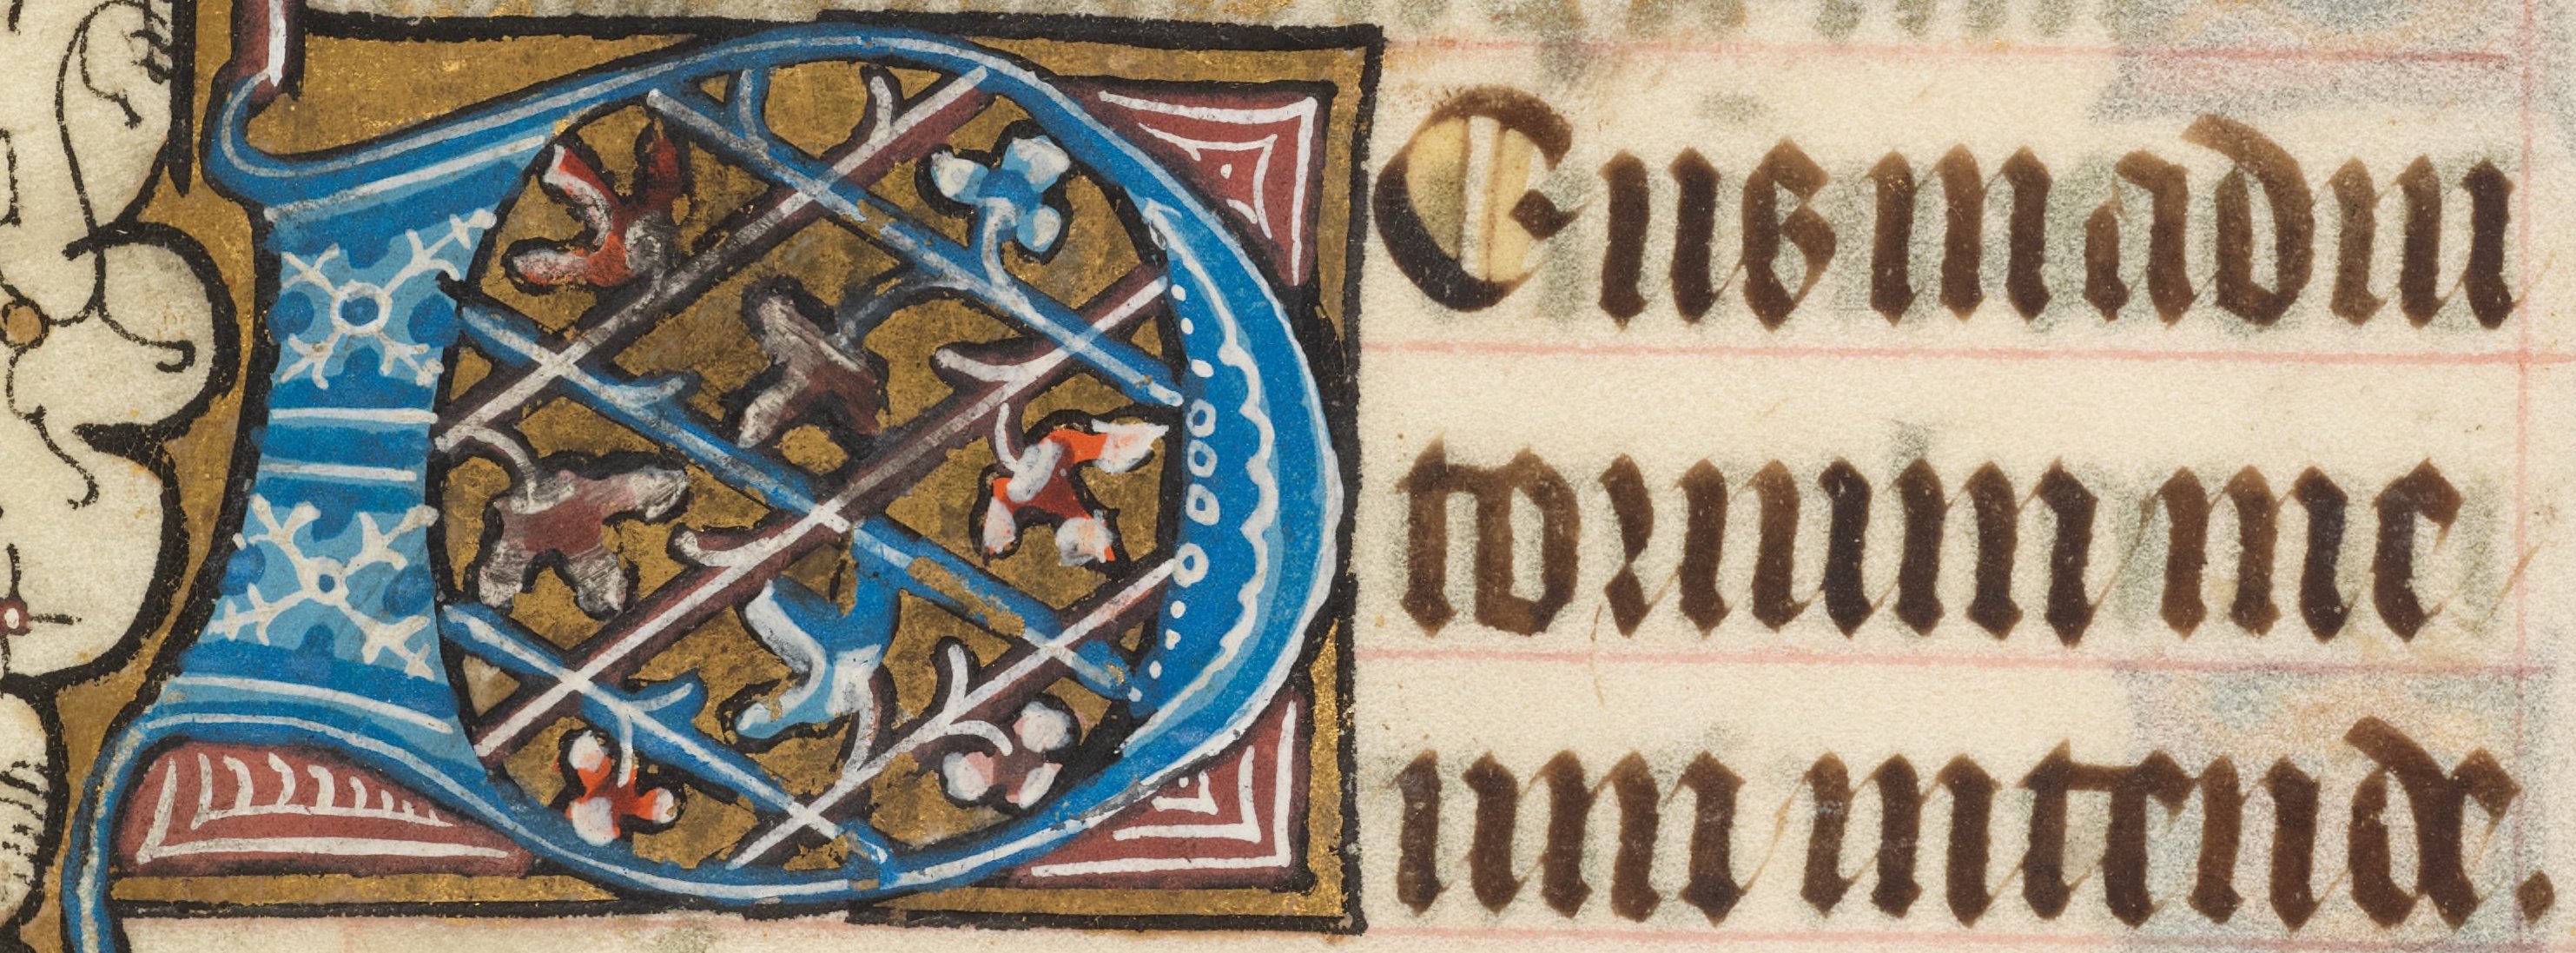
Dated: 1414–1445